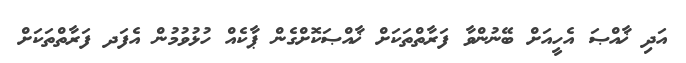
އަދި ޚާއްޞަ އެހީއަށް ބޭނުންވާ ފަރާތްތަކަށް ޚާއްޞަކޮށްގެން ޕާކެއް ހުޅުވުމުން އެފަދ ފަރާތްތަކަށް